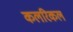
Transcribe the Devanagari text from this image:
कलरिकल